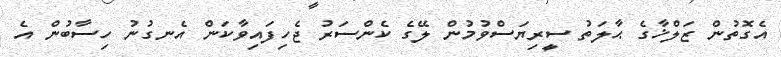
އެގޮތުން ޒަލްޚާގެ ޙާލަތު ސީރިޔަސްވުމުން ލޭގެ ކެންސަރު ޖެހިފައިވާކަން އެނގުނު ހިސާބުން އެ